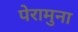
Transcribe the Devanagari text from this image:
पेरामुना